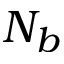
N _ { b }